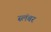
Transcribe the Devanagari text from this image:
स्लंबर